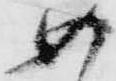
め